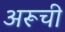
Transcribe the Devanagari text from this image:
अरूची